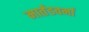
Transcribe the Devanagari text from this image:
मार्तंडवर्मा